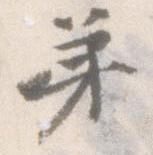
弟